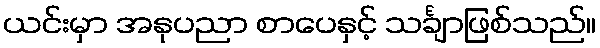
ယင်းမှာ အနုပညာ စာပေနှင့် သင်္ချာဖြစ်သည်။